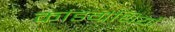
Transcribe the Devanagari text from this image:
कांडग्रंथियाँ